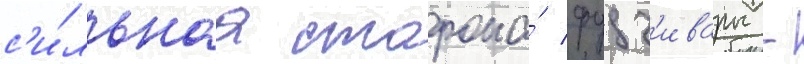
с'и́льнаа сторона́ фудз'ивары -